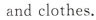
and clothes.